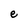
Character: e